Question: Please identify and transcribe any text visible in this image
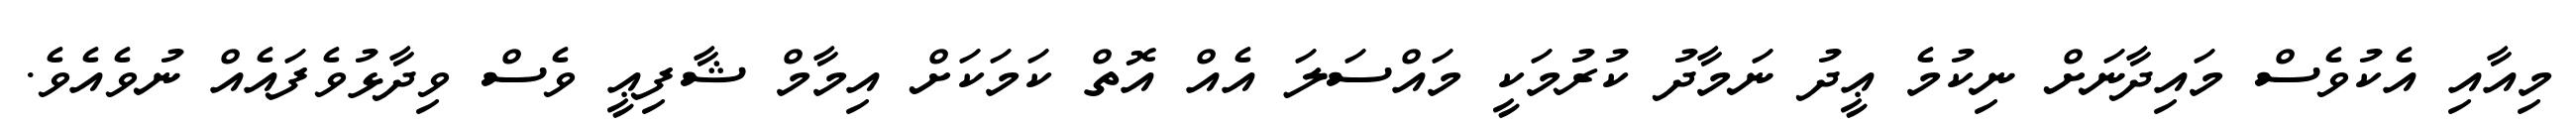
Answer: މިއާއި އެކުވެސް މައިދާނަށް ނިކުމެ ޢީދު ނަމާދު ކުރުމަކީ މައްސަލަ އެއް އޮތް ކަމަކަށް އިމާމް ޝާފިޢީ ވެސް ވިދާޅުވެފައެއް ނުވެއެވެ.